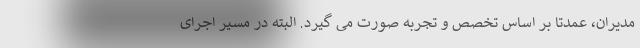
مدیران، عمدتا بر اساس تخصص و تجربه صورت می گیرد. البته در مسیر اجرای